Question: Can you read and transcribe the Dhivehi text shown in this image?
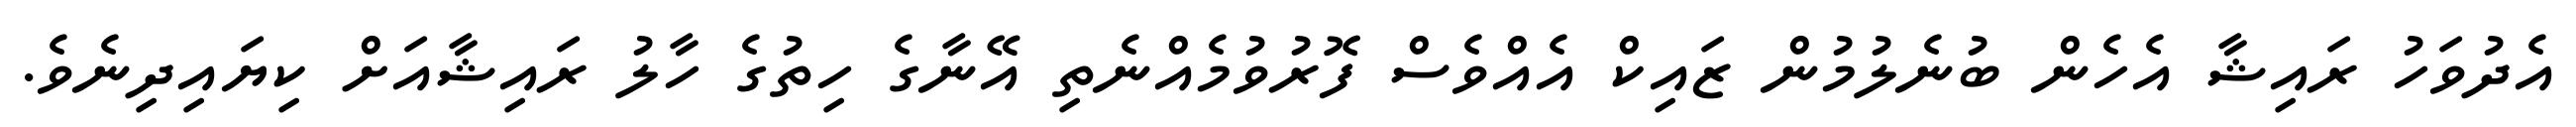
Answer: އެދުވަހު ރައިޝާ އެހެން ބުނެލުމުން ޒައިކް އެއްވެސް ފޮރުވުމެއްނެތި އޭނާގެ ހިތުގެ ހާލު ރައިޝާއަށް ކިޔައިދިނެވެ.